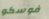
فوسكو